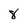
Character: 8